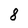
Character: 8